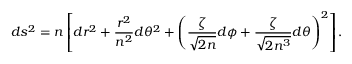
d s ^ { 2 } = n \left[ d r ^ { 2 } + \frac { r ^ { 2 } } { n ^ { 2 } } d \theta ^ { 2 } + \left( \frac \zeta { \sqrt { 2 n } } d \phi + \frac \zeta { \sqrt { 2 n ^ { 3 } } } d \theta \right) ^ { 2 } \right] .